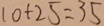
1 0 + 2 5 = 3 5